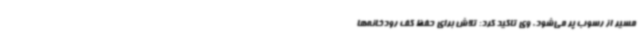
مسیر از رسوب پر می‌شود. وی تاکید کرد: تلاش برای حفظ کف رودخانه‌ها